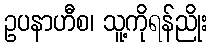
ဥပနာဟီစ၊ သူ့ကိုရန်ညိုး